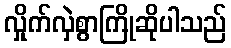
လှိုက်လှဲစွာကြိုဆိုပါသည်